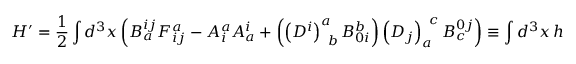
H ^ { \prime } = \frac 1 2 \int d ^ { 3 } x \left( B _ { a } ^ { i j } F _ { i j } ^ { a } - A _ { i } ^ { a } A _ { a } ^ { i } + \left( \left( D ^ { i } \right) _ { \; \; b } ^ { a } B _ { 0 i } ^ { b } \right) \left( D _ { j } \right) _ { a } ^ { \; \; c } B _ { c } ^ { 0 j } \right) \equiv \int d ^ { 3 } x \, h ^ { \prime } ,